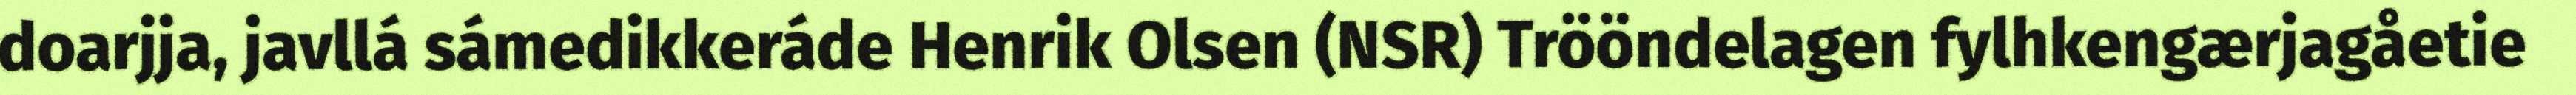
doarjja, javllá sámedikkeráde Henrik Olsen (NSR) Trööndelagen fylhkengærjagåetie